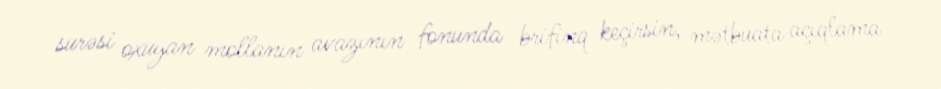
surəsi oxuyan mollanın avazının fonunda brifinq keçirsin, mətbuata açıqlama